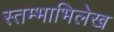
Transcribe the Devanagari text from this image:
स्तम्भाभिलेख